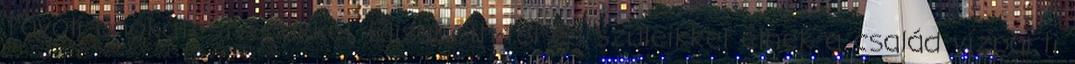
Távoli unokatestvérükkel, Elisabeth-tel és szüleikkel élnek a család vízparti